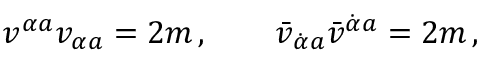
v ^ { \alpha { } a } v _ { \alpha { } a } = 2 m \, , \qquad \bar { v } _ { \dot { \alpha } { } a } \bar { v } ^ { \dot { \alpha } { } a } = 2 m \, ,